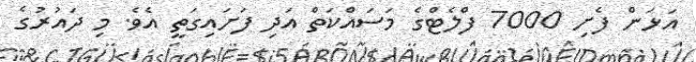
އަޅަން ފެށި 7000 ފްލެޓްގެ މަސައްކަތް އަދި ފަށައިގަތީ އެވެ. މި ދައުރުގެ